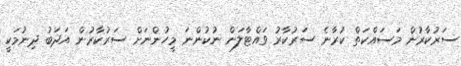
ސަރުކާރުން މަސައްކަތް ކުރާނެ ސަރުކާރު ވައްޓާލަން ނުކުންނަ މީހުންނަށް ސަރުކާރުން އަދަބު ދިނުމަކީ